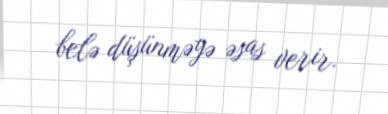
belə düşünməyə əsas verir.